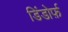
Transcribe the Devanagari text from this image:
डिंडोर्फ़